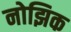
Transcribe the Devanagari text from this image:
नोझिक